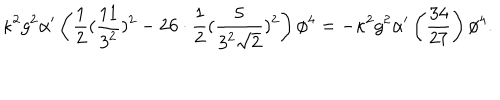
\kappa ^ { 2 } g ^ { 2 } \alpha ^ { \prime } \left( \frac { 1 } { 2 } ( \frac { 1 1 } { 3 ^ { 2 } } ) ^ { 2 } - 2 6 \cdot \frac { 1 } { 2 } ( \frac { 5 } { 3 ^ { 2 } \sqrt { 2 } } ) ^ { 2 } \right) \phi ^ { 4 } = - \kappa ^ { 2 } g ^ { 2 } \alpha ^ { \prime } \left( \frac { 3 4 } { 2 7 } \right) \phi ^ { 4 } .